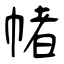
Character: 帾